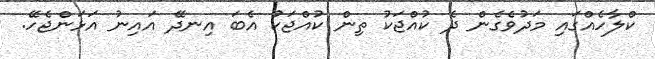
ކްލާހެއްގައި މަދުވެގެން ދެ ކުއްޖަކު ތިން ކުއްޖަކު އެބަ އިނދޭ އައިނު އަޅަންޖެހޭ.